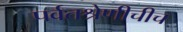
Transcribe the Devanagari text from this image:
पर्वतश्रेणीचीच